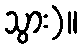
သွား)။